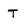
Character: T